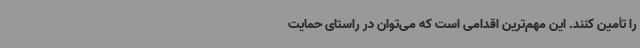
را تأمین کنند. این مهم‌ترین اقدامی است که می‌توان در راستای حمایت